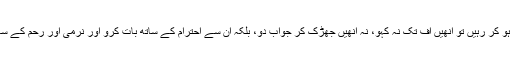
اگر تمہارے پاس ان میں سے کوئی ایک یا دونوں بوڑھے ہو کر رہیں تو انھیں اف تک نہ کہو، نہ انھیں جھڑک کر جواب دو، بلکہ ان سے احترام کے ساتھ بات کرو اور نرمی اور رحم کے ساتھ ان کے سامنے جھک کر رہو اور دعا کرو ’پروردگار!